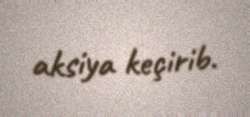
aksiya keçirib.